Madras plague regulations and rules - Volume 2
Disease focus: Plague
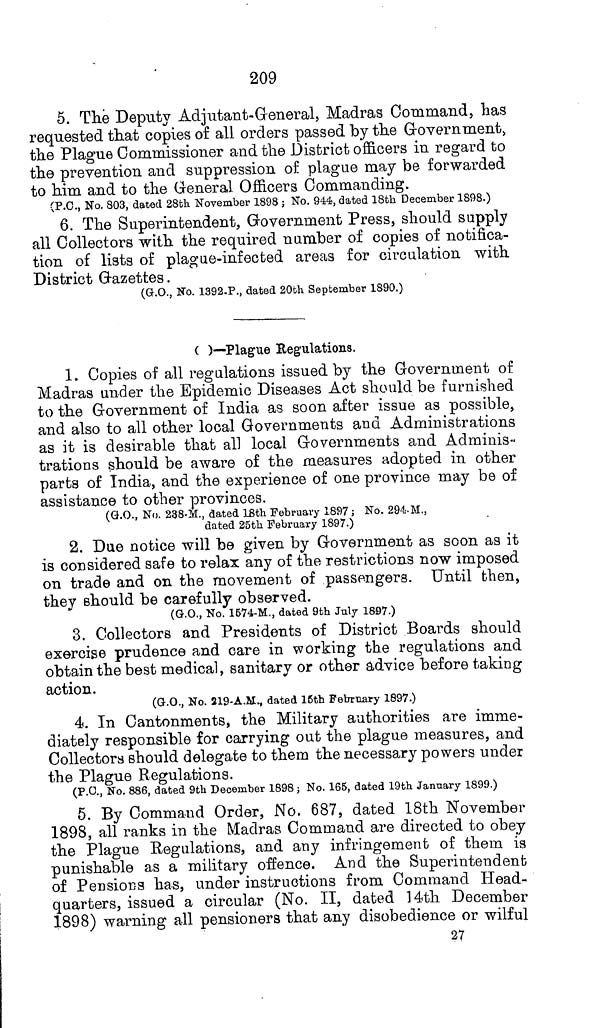
209
5. The Deputy Adjutant-General, Madras Command, has
requested that copies of all orders passed by the Government,
the Plague Commissioner and the District officers in regard to
the prevention and suppression of plague may be forwarded
to him and to the General Officers Commanding.
(P.O., No. 803, dated 28th November 1898 ; No. 944, dated 18th December 1898.)
6. The Superintendent, Government Press, should supply
all Collectors with the required number of copies of notifica-
tion of lists of plague-infected areas for circulation with
District Gazettes.
(G.O., No. 1392.P., dated 20th September 1890.)
C )—Plague Regulations.
1. Copies of all regulations issued by the Government of
Madras under the Epidemic Diseases Act should be furnished
to the Government of India as soon after issue as possible,
and also to all other local Governments and Administrations
as it is desirable that all local Governments and Adminis-
trations should be aware of the measures adopted in other
parts of India, and the experience of one province may be of
assistance to other provinces.
(G.O., No. 238-M., dated 18th February 1897 ; No. 294 M.,
dated 25th February 1897.)
2. Due notice will be given by Government as soon as it
is considered safe to relax any of the restrictions now imposed
on trade and on the movement of passengers. Until then,
they should be carefully observed.
(G.O., No. 1674-M., dated 9th July 1897.)
3. Collectors and Presidents of District Boards should
exercise prudence and care in working the regulations and
obtain the best medical, sanitary or other advice before taking
action.
(G.O., No. 219-A.M., dated 15th February 1897.)
4. In Cantonments, the Military authorities are imme-
diately responsible for carrying out the plague measures, and
Collectors should delegate to them the necessary powers under
the Plague Regulations.
(P.O., No. 886, dated 9th December 1898 ; No. 165, dated 19th January 1899.)
5. By Command Order, No, 687, dated 18th November
1898, all ranks in the Madras Command are directed to obey
the Plague Regulations, and any infringement of them is
punishable as a military offence. And the Superintendent
of Pensions has, under instructions from Command Head-
quarters, issued a circular (No. II, dated 14th December
1898) warning all pensioners that any disobedience or wilful
27